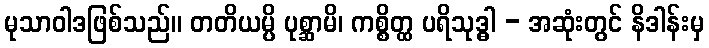
မုသာဝါဒဖြစ်သည်။ တတိယမ္ပိ ပုစ္ဆာမိ၊ ကစ္စိတ္ထ ပရိသုဒ္ဓါ - အဆုံးတွင် နိဒါန်းမှ